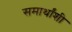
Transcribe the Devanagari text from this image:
समार्थांशी